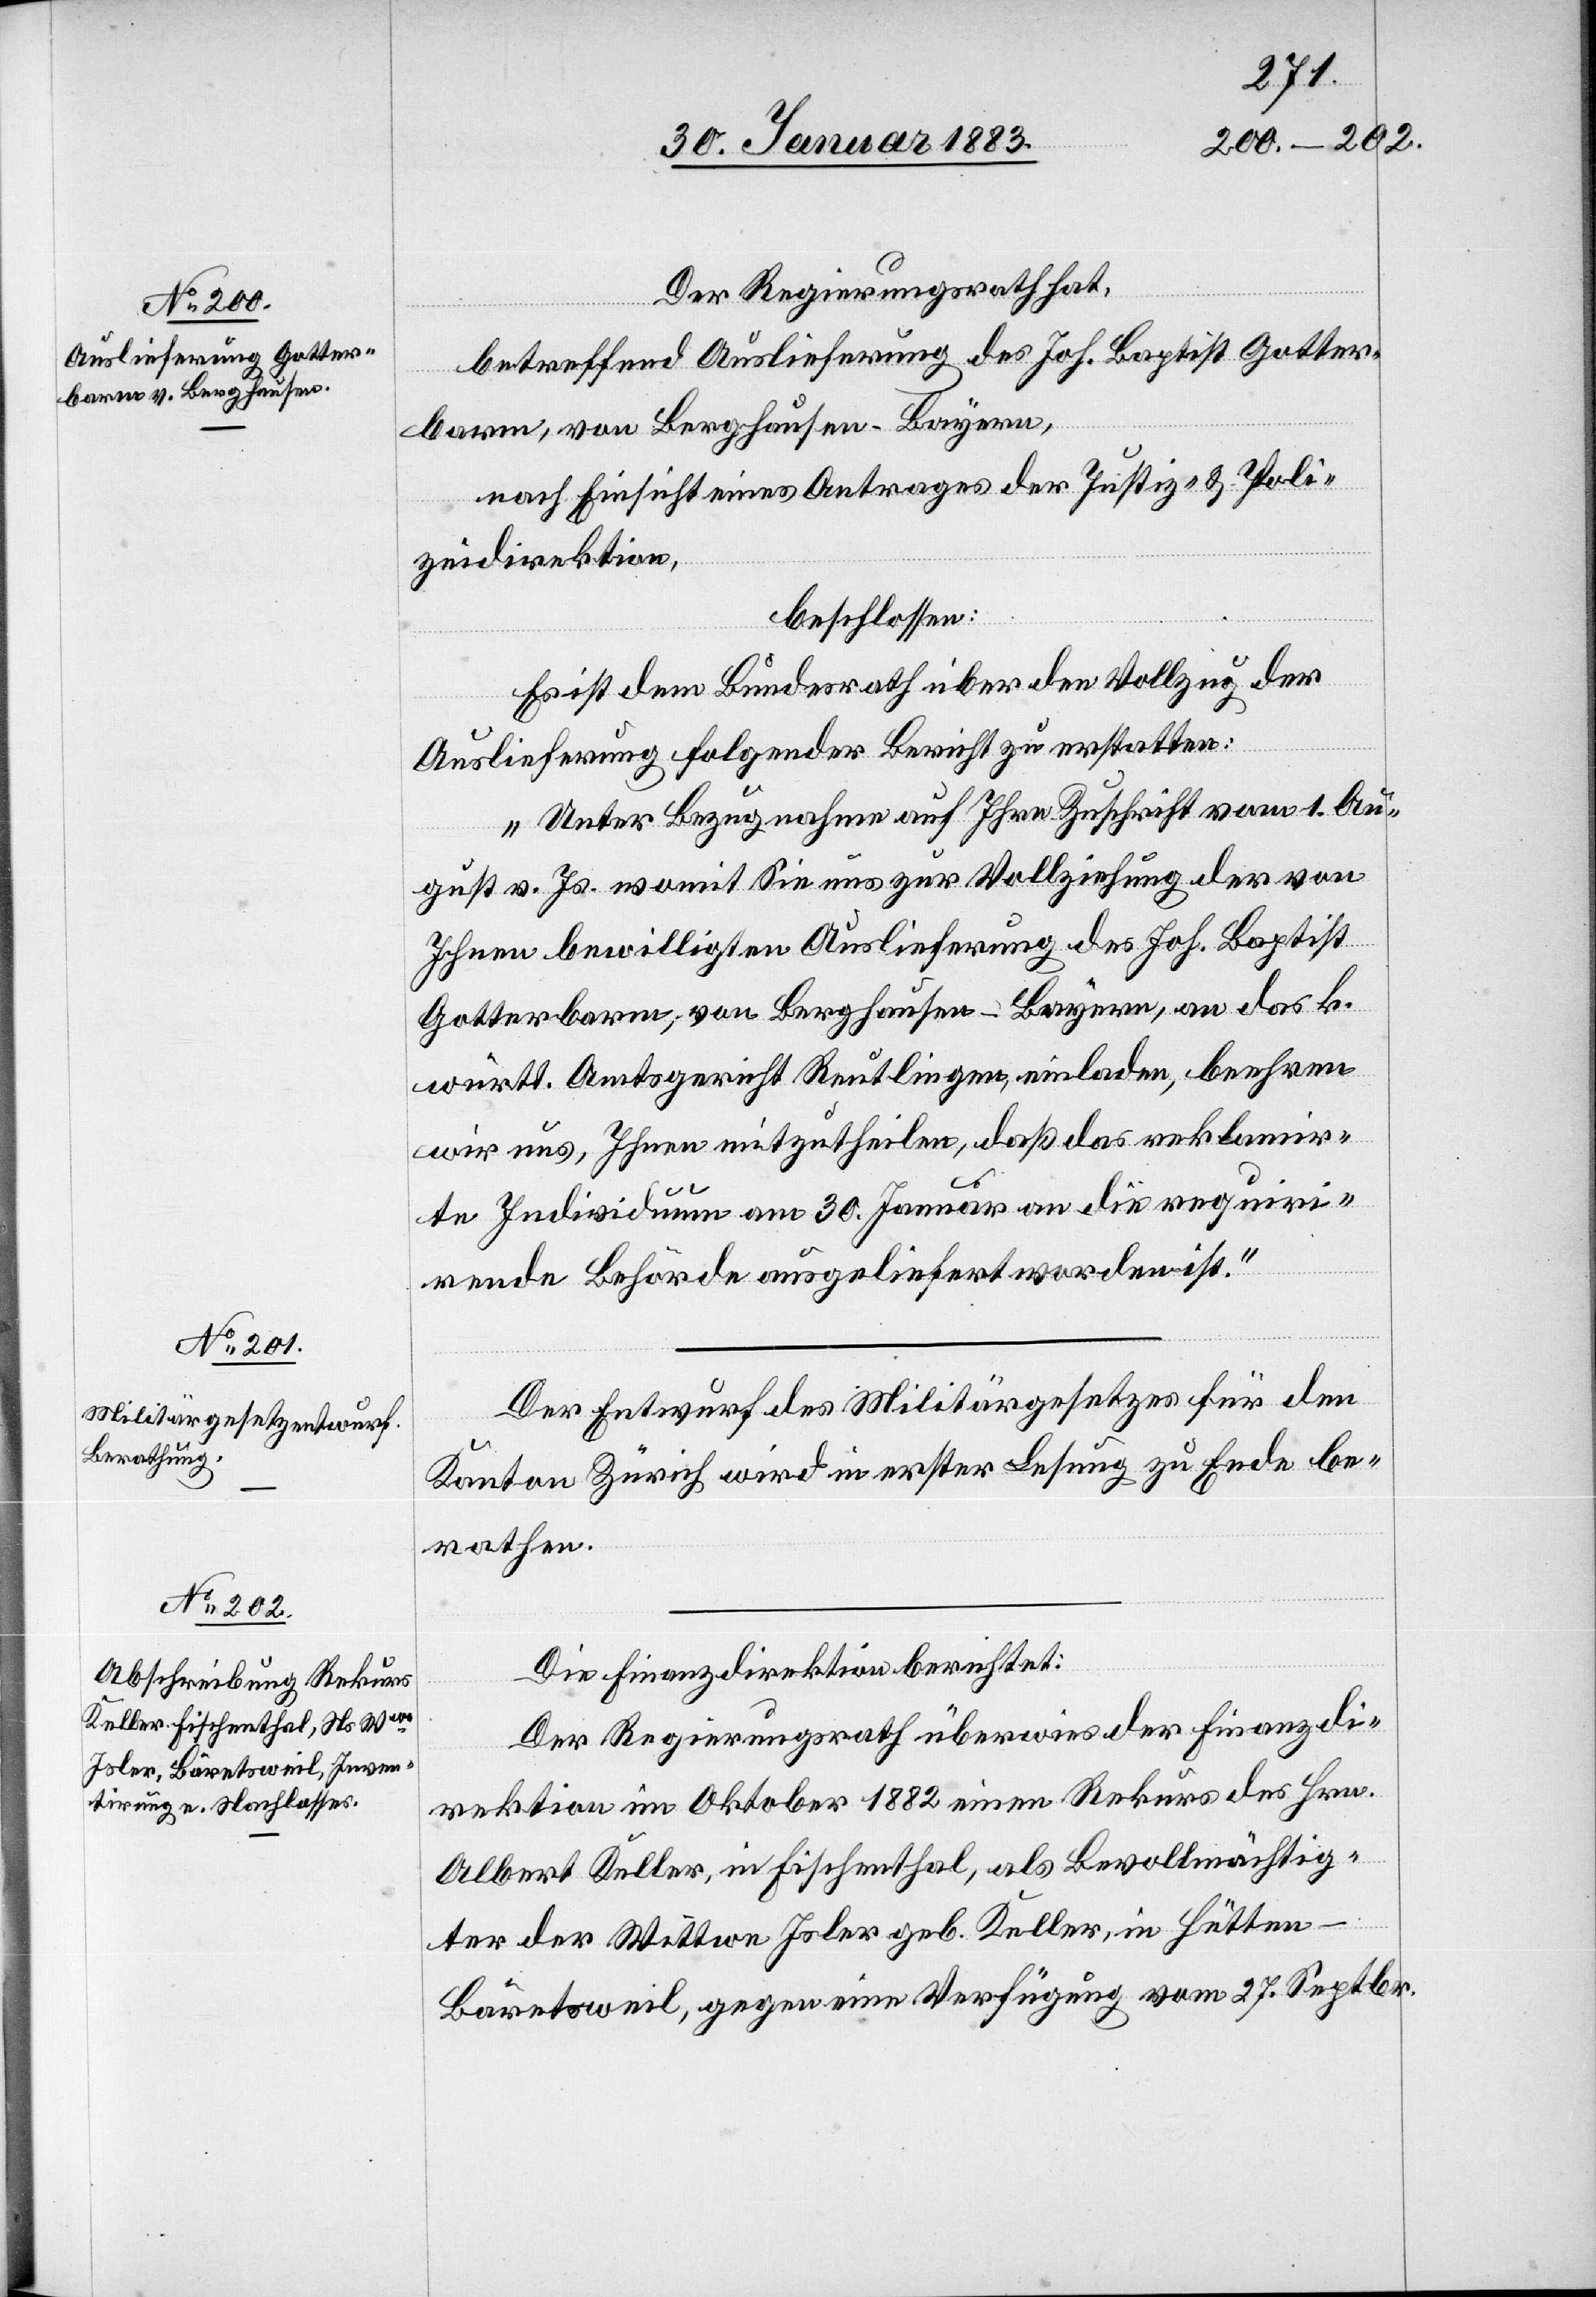
Der Regierungsrath hat,
betreffend Auslieferung des Joh. Baptist Gotter¬
barm, von Berghausen - Bayern,
nach Einsicht eines Antrages der Justiz- & Poli¬
zeidirektion,
beschlossen:
Es ist dem Bundesrath über den Vollzug der
Auslieferung folgender Bericht zu erstatten:
„Unter Bezugnahme auf Ihre Zuschrift vom 1. Au¬
gust v. Js. womit Sie uns zur Vollziehung der von
Ihnen bewilligten Auslieferung des Joh. Baptist
Gotterbarm, von Berghausen - Bayern, an das k.
württ. Amtsgericht Reutlingen, einladen, beehren
wir uns, Ihnen mitzutheilen, daß das reklamir¬
te Individuum am 30. Januar an die requiri¬
rende Behörde ausgeliefert worden ist.“
Der Entwurf des Militärgesetzes für den
Kanton Zürich wird in erster Lesung zu Ende be¬
rathen.
Die Finanzdirektion berichtet:
Der Regierungsrath überwies der Finanzdi¬
rektion im Oktober 1882 einen Rekurs des Hrn.
Albert Keller, in Fischenthal, als Bevollmächtig¬
ter der Wittwe Isler geb. Keller, in Hütten
Bäretsweil, gegen eine Verfügung vom 27. Septbr.